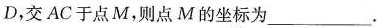
D，交AC于点M，则点M的坐标为___.